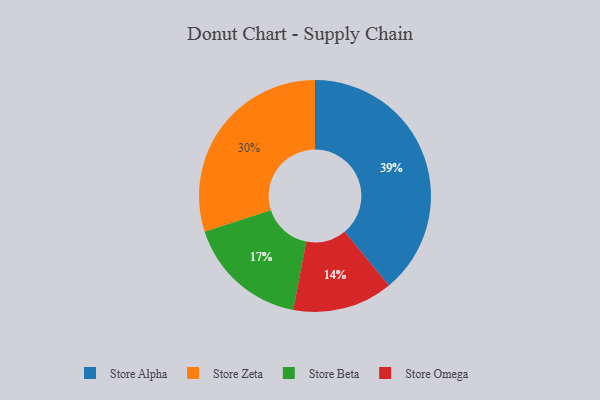
{"axis": {"x": "Category", "y": "Percentage"}, "legend": ["Store Alpha", "Store Beta", "Store Omega", "Store Zeta"], "data": [{"x": "Store Alpha", "y": 39, "type": "Store Alpha"}, {"x": "Store Zeta", "y": 30, "type": "Store Zeta"}, {"x": "Store Omega", "y": 14, "type": "Store Omega"}, {"x": "Store Beta", "y": 17, "type": "Store Beta"}]}